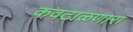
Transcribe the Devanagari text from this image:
कवटाळणारा